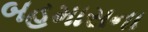
બહમાસના